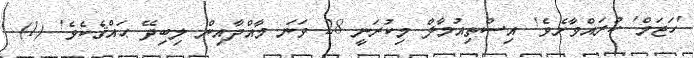
'ހަޖަމް' ކުރައްވާށެވެ! އިސްތިއުމާލް މިކުރަނީ 28 ވަނަ މާއްދާއިން ލިބިދޭ ޙައްޤެކެވެ! (1)